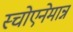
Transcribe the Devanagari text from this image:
स्चोएनेमान्न